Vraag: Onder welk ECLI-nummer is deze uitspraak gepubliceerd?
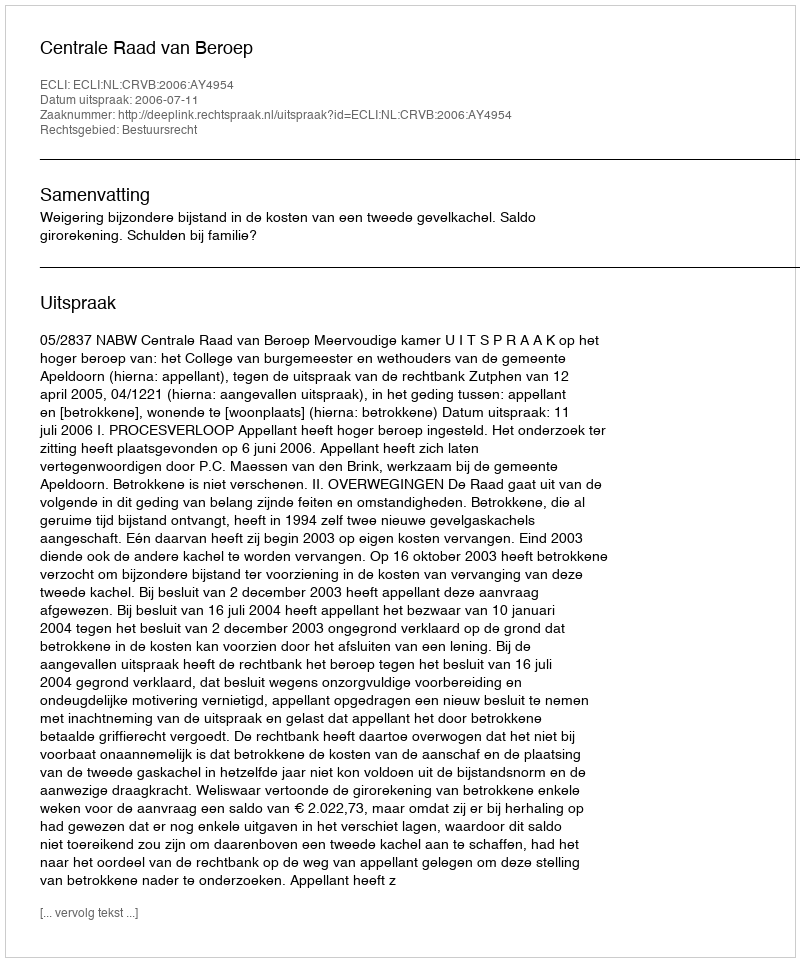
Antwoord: ECLI:NL:CRVB:2006:AY4954